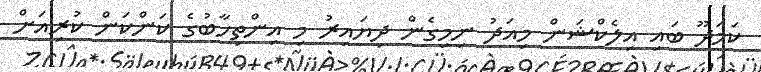
ކަމަދޫ ބައި އިލެކްޝަން މިއަދު ނިމިގެން ދިޔައިރު މި އިންތިހާބުގެ ކަންކަން ކުރިއަށް